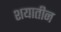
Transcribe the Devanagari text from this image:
शयातीन